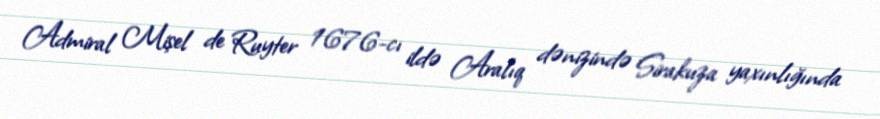
Admiral Mişel de Ruyter 1676-cı ildə Aralıq dənizində Sirakuza yaxınlığında